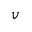
\boldsymbol { v }